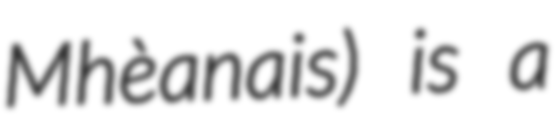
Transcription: Mhèanais) is a